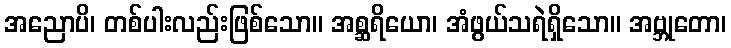
အညောပိ၊ တစ်ပါးလည်းဖြစ်သော။ အစ္ဆရိယော၊ အံဖွယ်သရဲရှိသော။ အဗ္ဘုတော၊